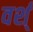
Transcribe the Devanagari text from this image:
वर्श्